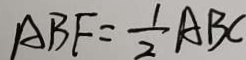
A B F = \frac { 1 } { 2 } A B C